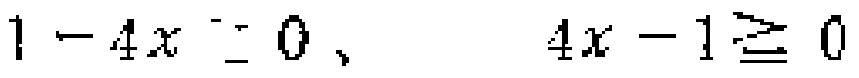
$1 - 4x = 0、\ 4x - 1 \geq 0$